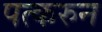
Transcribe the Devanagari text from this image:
पत्‍करुन